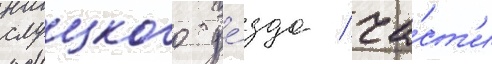
слуцкого уе́зда / ча́ст'и